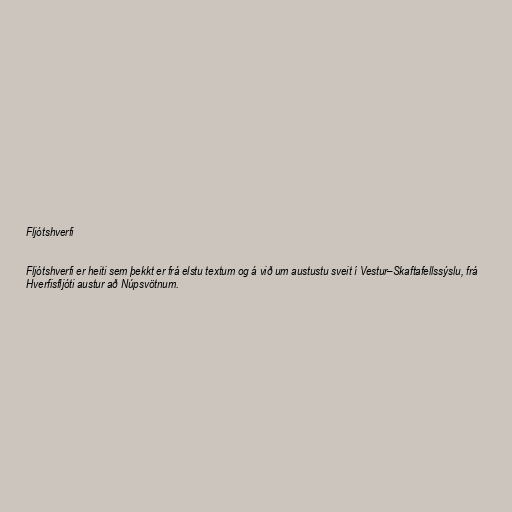
Fljótshverfi

Fljótshverfi er heiti sem þekkt er frá elstu textum og á við um austustu sveit í Vestur–Skaftafellssýslu, frá
Hverfisfljóti aust­ur að Núpsvötnum.